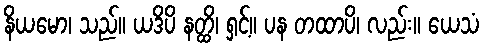
နိယမော၊ သည်။ ယဒိပိ နတ္ထိ၊ ရှင့်။ ပန တထာပိ၊ လည်း။ ယေသံ